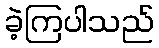
ခဲ့ကြပါသည်